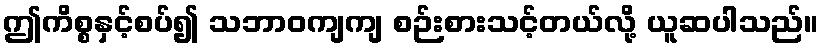
ဤကိစ္စနှင့်စပ်၍ သဘာဝကျကျ စဉ်းစားသင့်တယ်လို့ ယူဆပါသည်။